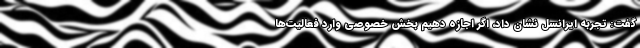
گفت: تجربه ایرانسل نشان داد، اگر اجازه دهیم بخش خصوصی وارد فعالیت‌ها